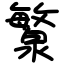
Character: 瀪